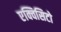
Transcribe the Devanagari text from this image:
एक्विसिटो